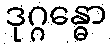
ဒုဂ္ဂန္ဓော